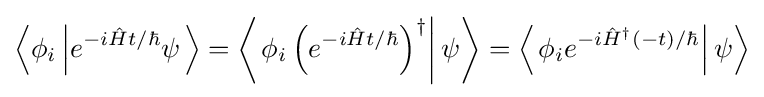
\left\langle \phi _{i}\left|e^{-i{\hat {H}}t/\hbar }\psi \right.\right\rangle =\left\langle \left.\phi _{i}\left(e^{-i{\hat {H}}t/\hbar }\right)^{\dagger }\right|\psi \right\rangle =\left\langle \left.\phi _{i}e^{-i{\hat {H}}^{\dagger }(-t)/\hbar }\right|\psi \right\rangle